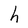
Character: h